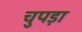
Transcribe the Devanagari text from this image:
चुपड़ा